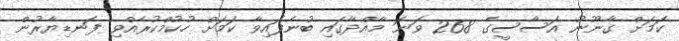
ކަމަށް ގާނޫނު އަސާސީގެ 268 ވަނަ މާއްދާގައި ބުނެފައިވާ ކަމަށް ހުކުމްކުރެއްވި ފަނޑިޔާރުން